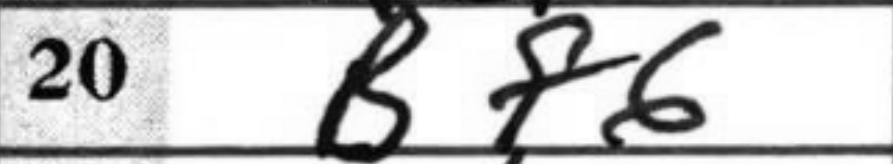
Transcription: Bf6